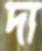
দা